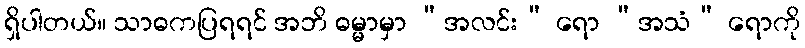
ရှိပါတယ်။ သာဓကပြရရင် အဘိ ဓမ္မာမှာ “အလင်း” ရော “အသံ” ရောကို